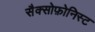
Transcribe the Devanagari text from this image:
सैक्सोफ़ोनिस्ट